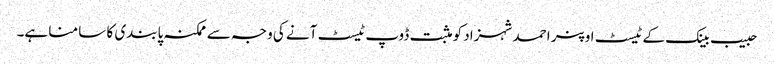
حبیب بینک کے ٹیسٹ اوپنر احمد شہزاد کو مثبت ڈوپ ٹیسٹ آنے کی وجہ سے ممکنہ پابندی کا سا منا ہے۔